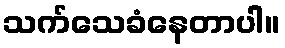
သက်သေခံနေတာပါ။